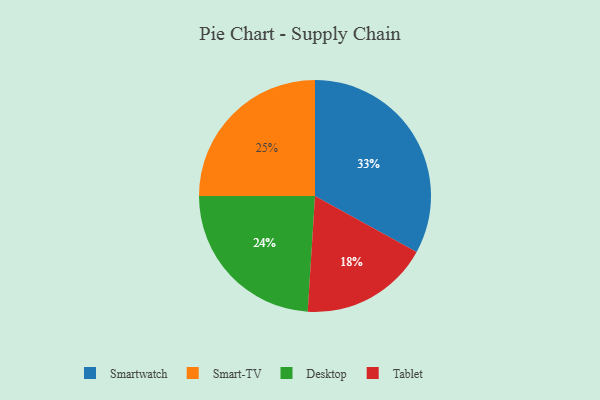
{"axis": {"x": "Category", "y": "Percentage"}, "legend": ["Desktop", "Smart-TV", "Smartwatch", "Tablet"], "data": [{"x": "Tablet", "y": 18, "type": "Tablet"}, {"x": "Desktop", "y": 24, "type": "Desktop"}, {"x": "Smart-TV", "y": 25, "type": "Smart-TV"}, {"x": "Smartwatch", "y": 33, "type": "Smartwatch"}]}